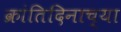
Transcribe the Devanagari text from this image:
क्रांतिदिनाच्या